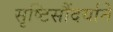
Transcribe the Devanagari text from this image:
सृष्टिसौंदर्याने